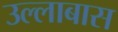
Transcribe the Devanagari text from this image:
उल्लाबास